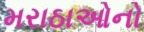
મરાઠાઓનો